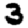
Digit: 3